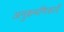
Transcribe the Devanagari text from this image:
अनुक्रमणिकाएँ